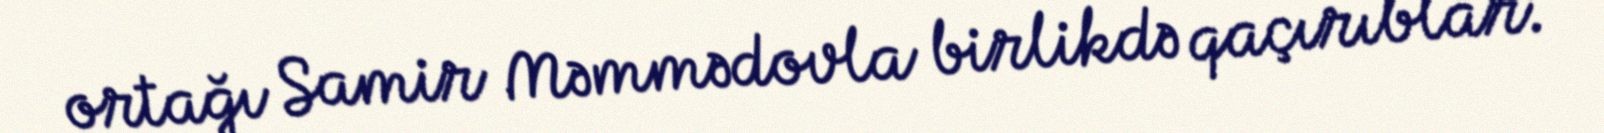
ortağı Samir Məmmədovla birlikdə qaçırıblar.